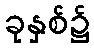
ခုနှစ်၌